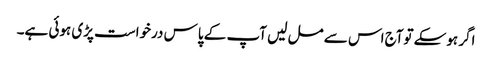
اگر ہوسکے توآج اس سے مل لیں آپ کے پاس درخواست پڑی ہوئی ہے۔